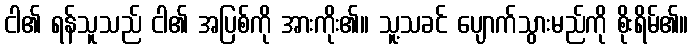
ငါ၏ ရန်သူသည် ငါ၏ အပြစ်ကို အားကိုး၏။ သူ့သခင် ပျောက်သွားမည်ကို စိုးရိမ်၏။